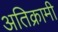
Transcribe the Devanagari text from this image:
अतिक्रामी